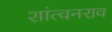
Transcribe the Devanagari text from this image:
शांत्वनराव